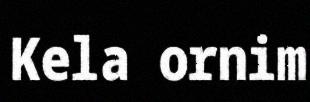
Kela ornim